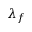
\lambda _ { f }